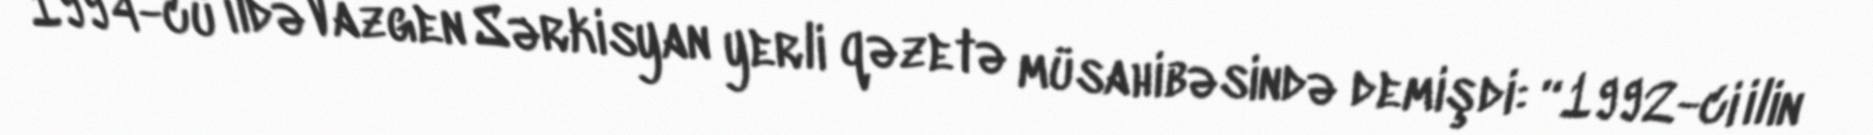
1994-cü ildə Vazgen Sərkisyan yerli qəzetə müsahibəsində demişdi: “1992-ci ilin